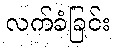
လက်ခံခြင်း